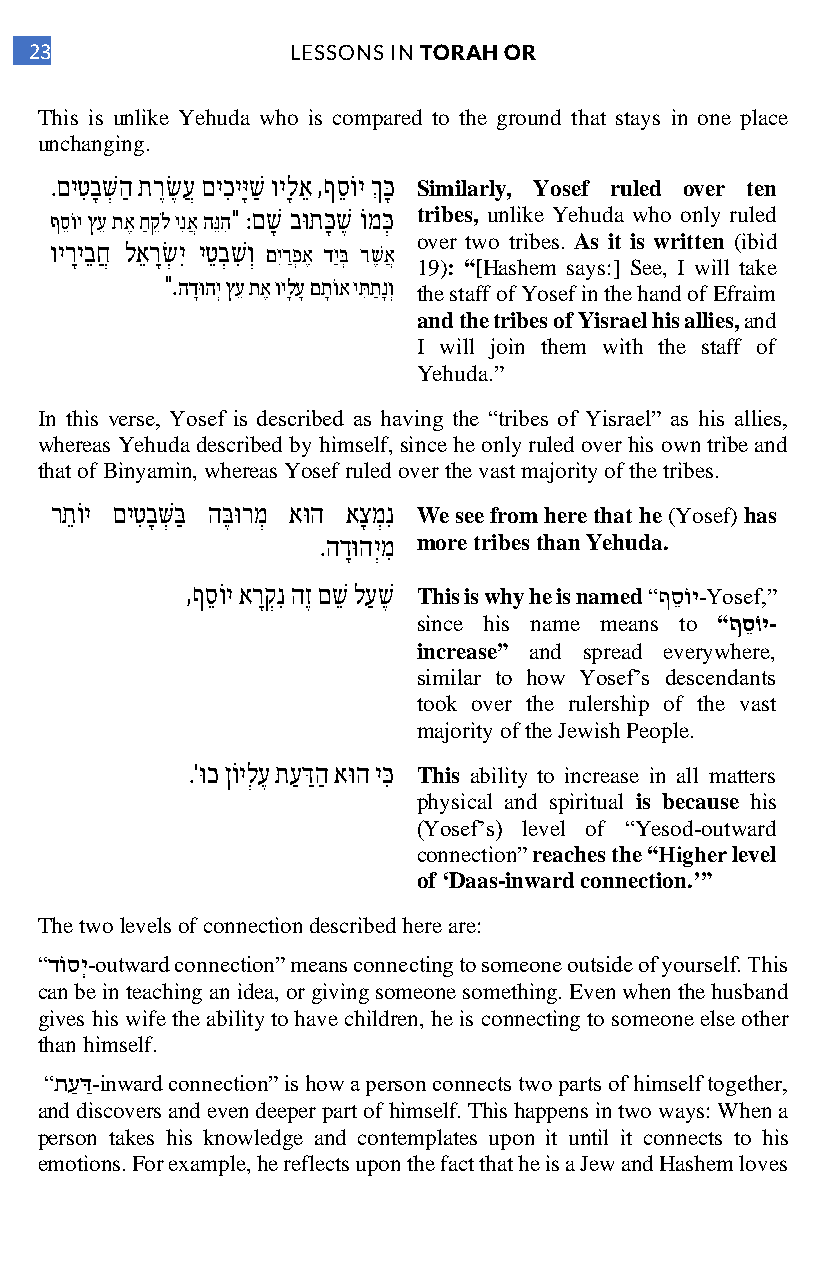
23               LESSONS IN TORAH OR
 This is unlike Yehuda who is compared to the ground that stays in one place
 unchanging.
 .םיטִּ בָ שְּ הַ תרֶש ֶ עֲ םיכִּ ייָּשַ וילָ אֵ ,ףסֵ ו י ךְ כָּ Similarly, Yosef ruled over ten
 ףסֵ ו י ץעֵ תאֶ חַ קֵ ל ינִּאֲ הנֵּהִּ " :םשָ בוּ תכָּ שֶ ו מכְּ tribes, unlike Yehuda who only ruled
 over two tribes. As it is written (ibid
 וירָיבֵ חֲ לאֵ רָש ְ יִּ יטֵ בְ שִּ וְ םיִּרַפְ אֶ דיַבְּ רשֶ אֲ
 19): “[Hashem says:] See, I will take
 ".הדָוּהיְ ץעֵ תאֶ ויָלעָ םתָ ו א יתִּּ תַ נָוְ
 the staff of Yosef in the hand of Efraim
 and the tribes of Yisrael his allies, and
 I will join them with the staff of
 Yehuda.”
 In this verse, Yosef is described as having the “tribes of Yisrael” as his allies,
 whereas Yehuda described by himself, since he only ruled over his own tribe and
 that of Binyamin, whereas Yosef ruled over the vast majority of the tribes.
 רתֵ ו י םיטִּ בָ שְּ בַּ הבֶּ וּ רמְ אוּ ה אצָ מְ נִּ We see from here that he (Yosef) has
 .הדָוּ היְמִּ more tribes than Yehuda.
 ,ףסֵ ו י ארָקְנִּ הזֶ םשֵ לעַ שֶ This is why he is named “ףסֵ ו י-Yosef,”
 since his name means to “ףסֵ וֹי-
 increase” and spread everywhere,
 similar to how Yosef’s descendants
 took over the rulership of the vast
 majority of the Jewish People.
 .'וּ כ ןו ילְ עֶ תעַ דַּהַ אוּ ה יכִּּ This ability to increase in all matters
 physical and spiritual is because his
 (Yosef’s) level of “Yesod-outward
 connection” reaches the “Higher level
 of ‘Daas-inward connection.’”
 The two levels of connection described here are:
 “דו סיְ-outward connection” means connecting to someone outside of yourself. This
 can be in teaching an idea, or giving someone something. Even when the husband
 gives his wife the ability to have children, he is connecting to someone else other
 than himself.
 “תעַ דַּ-inward connection” is how a person connects two parts of himself together,
 and discovers and even deeper part of himself. This happens in two ways: When a
 person takes his knowledge and contemplates upon it until it connects to his
 emotions. For example, he reflects upon the fact that he is a Jew and Hashem loves